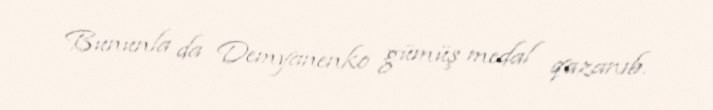
Bununla da Demyanenko gümüş medal qazanıb.